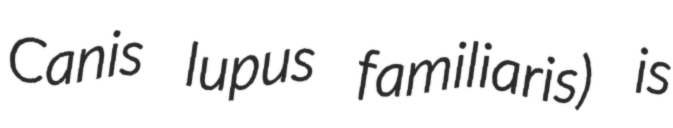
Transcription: Canis lupus familiaris) is